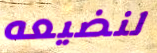
لنضيعه